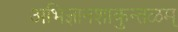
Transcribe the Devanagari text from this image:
अभिज्ञानशाकुन्तळम्